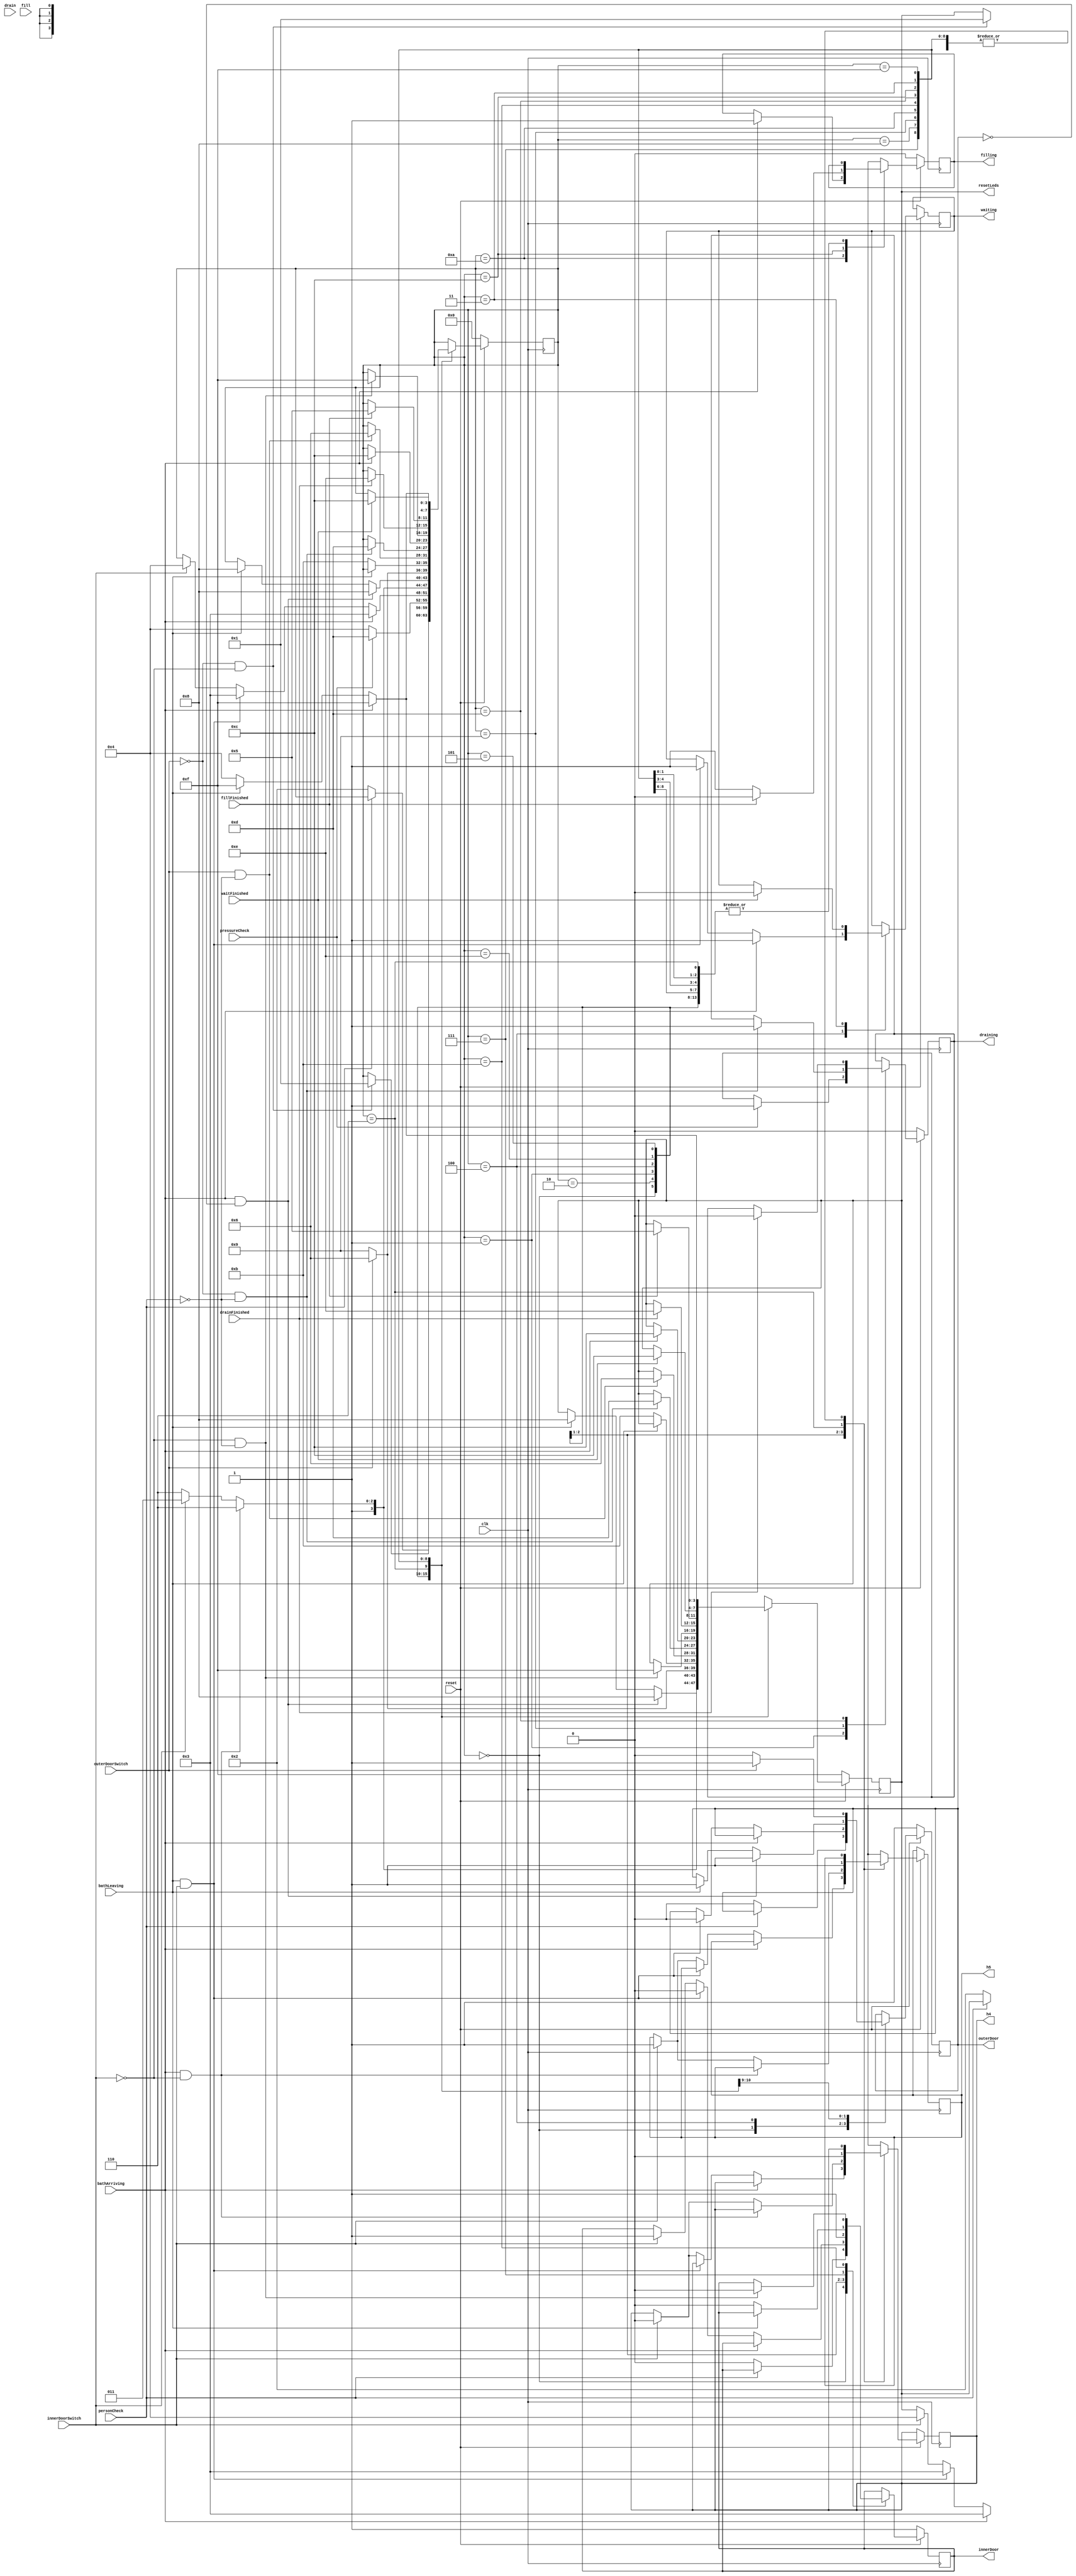

module interlock(filling , draining , innerDoor , outerDoor , resetLeds , 
					bathLeaving , bathArriving , personCheck , pressureCheck , drain , 
					fill , innerDoorSwitch , outerDoorSwitch , clk , reset , drainFinished , 
					fillFinished , waitFinished , waiting, h5, h4);
	
	input bathLeaving, bathArriving , personCheck , pressureCheck , drain , fill;
	input innerDoorSwitch , outerDoorSwitch  , clk , reset;
	input waitFinished , drainFinished , fillFinished;
	output reg innerDoor , outerDoor;
	output reg [3:0] resetLeds;
	output reg filling , draining , waiting;
	reg [3:0] ps;
	output reg h5, h4; 

	wire nReset;

	parameter [3:0] closedLow = 4'b0100 , closedHigh = 4'b0101;
	parameter [3:0] outerOpen = 4'b0110 , innerOpen = 4'b0111;
	parameter [3:0] swChkOutOpen = 4'b1000, swChkOutClose = 4'b1001;
	parameter [3:0] swChkInOpen = 4'b1010 , swChkInClose = 4'b1011;
	parameter [3:0] timerFill = 4'b1100 , timerDrain = 4'b1101;
	parameter [3:0] resetting = 4'b0000 , pressureStatus = 4'b0001;
	parameter [3:0] doorStatus = 4'b0010 , waiting5 = 4'b0011;
	parameter [3:0] closedLowIn = 4'b1110;
	parameter [6:0] i = ~7'b0000110, n = ~7'b0110111, off = ~7'b0000000;
	parameter [3:0] bufferState = 4'b1111;
	
	
	not resetNot (nReset , reset);
	
	always@(posedge clk)
		if(nReset)
			begin
				ps <= resetting;
				resetLeds [3:0] <= 4'b1111;
				innerDoor <= 1'b1;
				outerDoor <= 1'b1;
				draining <= 0;
				filling <= 0;
			end
		else
		begin
	
			case(ps)
				resetting:
				begin
					if(!personCheck)
					begin
						ps <= doorStatus;
						innerDoor <= 1'b0;
						outerDoor <= 1'b0;
						//resetLeds [3:0] <= 4'b0000;
						resetLeds <= doorStatus;
					end
				end
				
				doorStatus:
				begin
					if(!outerDoorSwitch && !innerDoorSwitch)
					begin
						ps <= pressureStatus;
						resetLeds <= pressureStatus;
					end
				
				end
				
				pressureStatus:
				begin
					if(!pressureCheck)
					begin
						ps <= closedLow;
						resetLeds <= closedLow;
					end
					else
					begin
						ps <= timerDrain;
						draining <= 1;
						resetLeds <= timerDrain;
					end
				
				end
				
				closedLow:
				begin
				if(bathArriving)	
					begin
						ps <= waiting5;
						waiting <= 1'b1;
						resetLeds <= waiting5;
					end
					
					else if(bathLeaving&&innerDoorSwitch)
							begin
							ps <= waiting5;
							innerDoor <= 1'b0;
							outerDoor <=1'b0;
							waiting <= 1'b1;
							resetLeds <= waiting5;
							end
							
					else if(innerDoorSwitch)
					begin
						ps <= closedLow;
						innerDoor <= 1'b1;
						h5 <= i;
						h4 <= n;
						resetLeds <= closedLow;
						end
						
						
				end
				
				closedLowIn:
				begin 
				if (bathArriving && !innerDoorSwitch) 
				begin
					innerDoor <=1'b1; 
					ps <= closedLowIn;
					resetLeds <= closedLowIn;
				end 
				   else if (innerDoorSwitch) 
					begin 
							innerDoor <=1'b1;
							h5 <=i;
							h4 <=n;
							ps <= swChkInClose;
							resetLeds <= swChkInClose;
							
							end 
					else 
				    begin
						innerDoor <=1'b1; 
						ps <= closedLowIn;
						resetLeds <=closedLowIn; 
						
				end 

				end 
				
				
				closedHigh:
				begin
					if(bathArriving&&!outerDoor)
					begin
						ps <= swChkOutOpen;
						outerDoor <= 1'b1;
						resetLeds <= swChkOutOpen;
						end
					else if (bathLeaving)
					begin
						ps <= swChkOutOpen;
						outerDoor <= 1'b1;
						resetLeds <= swChkOutOpen;
					end
				end
				
				outerOpen:
				begin
					if(outerDoorSwitch)
					begin
						h5 <= i;
						h4 <= n;
						ps <= outerOpen;
						outerDoor <= 1'b1;
						resetLeds <= outerOpen;
					end
					else if (!outerDoorSwitch)
					begin 
						h5 = i;
						h4 = n;
						outerDoor <= 1'b0;
						ps <= swChkOutClose;
						resetLeds <= swChkOutClose;
					end
				end
				
				innerOpen:
				begin
					if(!bathLeaving)
					begin
						ps <= swChkInClose;
						innerDoor <= 1'b0;
						resetLeds <= swChkInClose;
					end
				end
				
				swChkOutOpen:
				begin
					if(outerDoorSwitch && !personCheck)
					begin
						ps <= outerOpen;
						resetLeds <= outerOpen;
					end
				end
				
				swChkOutClose:
				begin
					if(!outerDoorSwitch && !personCheck)
					begin
						ps <= timerDrain;
						draining <=1'b1;
						resetLeds <= timerDrain;
					end
				
				end
				
				swChkInOpen:
				begin
				if (bathArriving)
				begin
					ps <= timerFill;
					filling = 1'b1;
					resetLeds = timerFill;
					end 
					/*if(innerDoorSwitch && !personCheck)
					begin
						ps <= innerOpen;
						resetLeds <= innerOpen;
					end*/
				
				end
				
				swChkInClose:
				begin
					if(!innerDoorSwitch && !personCheck)
					begin
						ps <= bufferState;
						innerDoor <= 1'b0;
						resetLeds <= bufferState;
					end
				end
				
				timerDrain:
				begin
					if(drainFinished)
					begin
						ps <= closedLowIn;
						draining <= 1'b0;
						resetLeds <= closedLowIn;
					end
				end
				
				timerFill:
			   begin	
				filling<=1'b1;
				
					if(fillFinished)
					begin
						ps <= closedHigh;
						filling <= 1'b0;
						resetLeds <= closedHigh;
					end
				end
				
				waiting5:
				begin
					if(waitFinished)
					begin
						ps <= timerFill;
						resetLeds <= timerFill;
						//innerDoor <= 1'b1;
						waiting <= 1'b0;
					end
				end
				bufferState:
				begin
						if (bathArriving)
						begin 
						ps <= bufferState;
						resetLeds <= bufferState;
				end
			         else if (bathLeaving)
						begin
					      ps<=bufferState;
							resetLeds <= bufferState;
						end 
						
						else 
						begin 
						     ps<= closedLow;
							  resetLeds <= closedLow;
						end 
				end 
				
				default:
				begin
					resetLeds [3:0] <= 4'b0001;
				end
			endcase
		end

endmodule